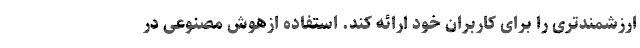
ارزشمندتری را برای کاربران خود ارائه کند. استفاده ازهوش مصنوعی در